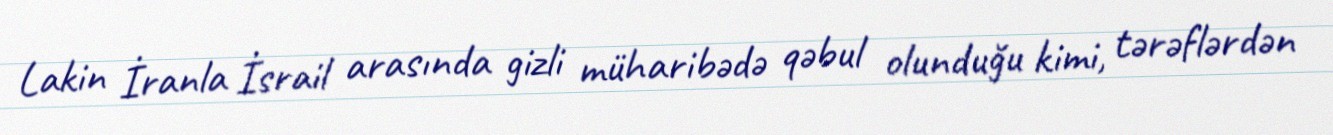
Lakin İranla İsrail arasında gizli müharibədə qəbul olunduğu kimi, tərəflərdən